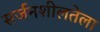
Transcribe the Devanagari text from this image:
सर्जनशीलतेला